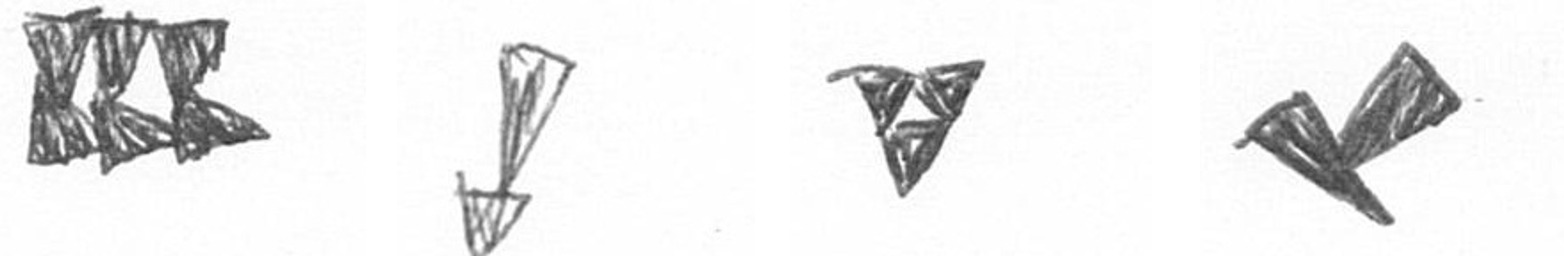
D Z S F